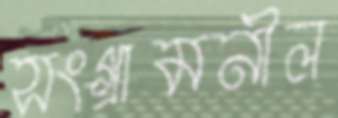
সংগ্রামনীল